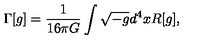
\Gamma [ g ] = { \frac { 1 } { 1 6 \pi G } } \int \sqrt { - g } d ^ { 4 } x R [ g ] ,